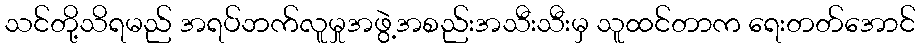
သင်တို့သိရမည် အရပ်ဘက်လူမှုအဖွဲ့အစည်းအသီးသီးမှ သူထင်တာက ရေးတတ်အောင်